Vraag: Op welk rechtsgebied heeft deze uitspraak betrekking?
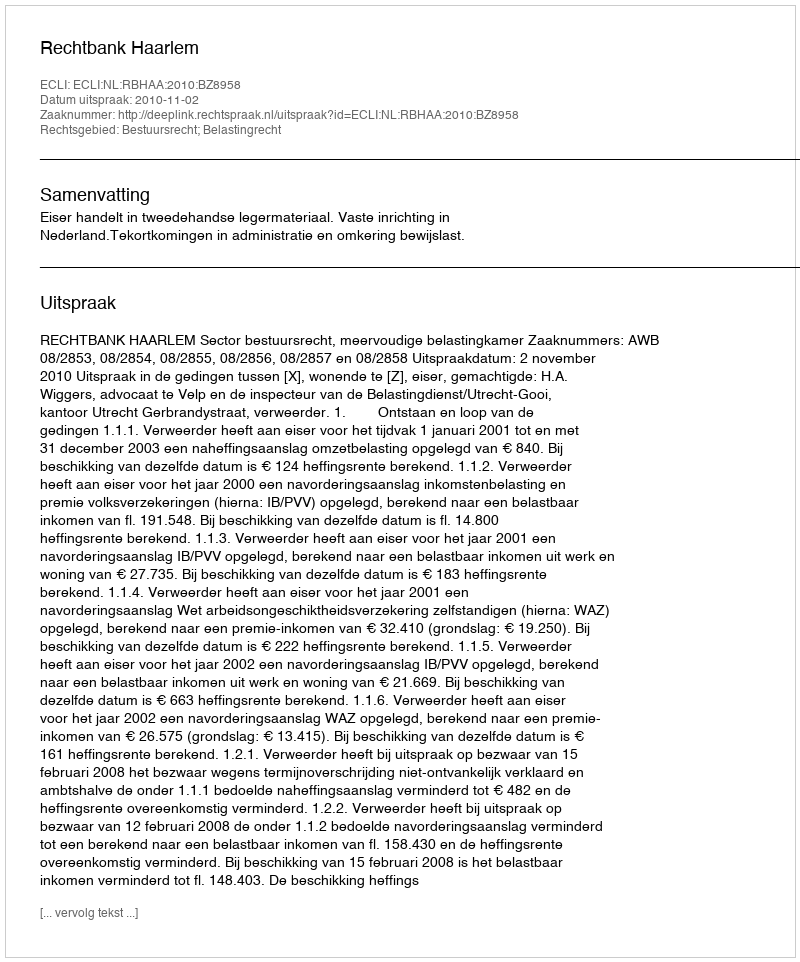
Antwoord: Bestuursrecht; Belastingrecht